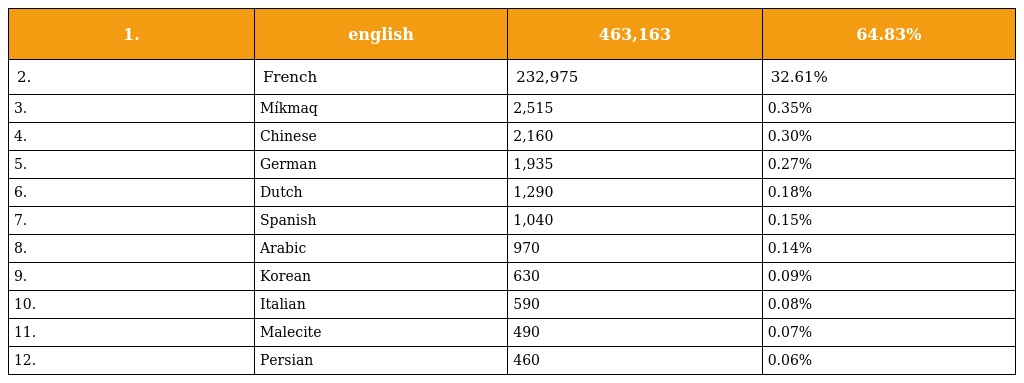
| 1. | english | 463,163 | 64.83% |
 | --- | --- | --- | --- |
 | 2. | French | 232,975 | 32.61% |
 | 3. | Míkmaq | 2,515 | 0.35% |
 | 4. | Chinese | 2,160 | 0.30% |
 | 5. | German | 1,935 | 0.27% |
 | 6. | Dutch | 1,290 | 0.18% |
 | 7. | Spanish | 1,040 | 0.15% |
 | 8. | Arabic | 970 | 0.14% |
 | 9. | Korean | 630 | 0.09% |
 | 10. | Italian | 590 | 0.08% |
 | 11. | Malecite | 490 | 0.07% |
 | 12. | Persian | 460 | 0.06% |